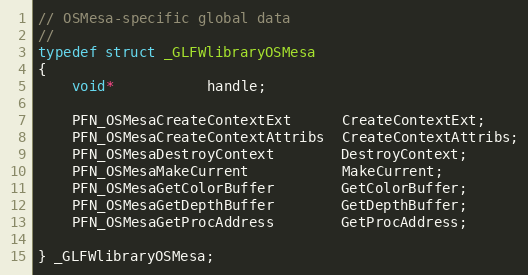
Language: C
// OSMesa-specific global data
//
typedef struct _GLFWlibraryOSMesa
{
    void*           handle;

    PFN_OSMesaCreateContextExt      CreateContextExt;
    PFN_OSMesaCreateContextAttribs  CreateContextAttribs;
    PFN_OSMesaDestroyContext        DestroyContext;
    PFN_OSMesaMakeCurrent           MakeCurrent;
    PFN_OSMesaGetColorBuffer        GetColorBuffer;
    PFN_OSMesaGetDepthBuffer        GetDepthBuffer;
    PFN_OSMesaGetProcAddress        GetProcAddress;

} _GLFWlibraryOSMesa;